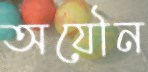
অযৌন